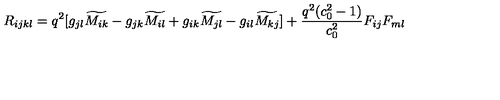
R _ { i j k l } = q ^ { 2 } [ g _ { j l } \widetilde { M _ { i k } } - g _ { j k } \widetilde { M _ { i l } } + g _ { i k } \widetilde { M _ { j l } } - g _ { i l } \widetilde { M _ { k j } } ] + { \frac { q ^ { 2 } ( c _ { 0 } ^ { 2 } - 1 ) } { c _ { 0 } ^ { 2 } } } F _ { i j } F _ { m l }